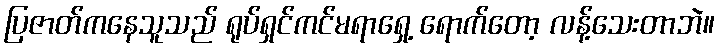
ပြဇာတ်ကနေသူသည် ရုပ်ရှင်ကင်မရာရှေ့ ရောက်တော့ လန့်သေးတာဘဲ။